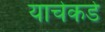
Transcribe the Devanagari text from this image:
याचेकडे